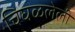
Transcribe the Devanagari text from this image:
चिघळलेली